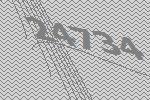
24734